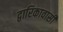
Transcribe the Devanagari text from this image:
द्वारिकावासी